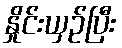
နှိုင်းယှဉ်ပြီး